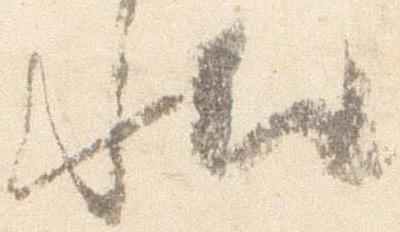
状